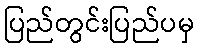
ပြည်တွင်းပြည်ပမှ